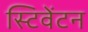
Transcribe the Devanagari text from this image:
स्टिवेंटन